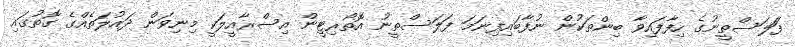
ފަަލަސްތީނުގެ ހިފާފައިވާ ބިންތަކުން ނުފާބައިފިނަމަ ފަލަސްތީނު އޮތޯރިޓީން އިސްރާއީލަކީ މިނިވަން ދައުލަތެއްގެ ގޮތުގައި